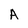
Character: A